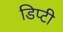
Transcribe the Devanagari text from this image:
डिप्‍टी